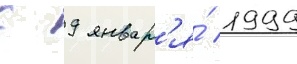
с 9 январ'я́ 1999